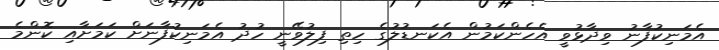
އެމަނިކުފާނު ވިދާޅުވީ އެހެންކަމުން އެކަނޑުލުގެ ހިތި ފިލުވޭނީ ހުދު އެމަނިކުފާނަށް ކަމަށާއި ކޮންމެ